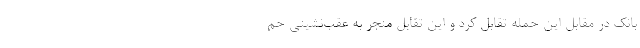
بانك در مقابل این حمله تقابل كرد و این تقابل منجر به عقب‌نشینی حم